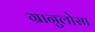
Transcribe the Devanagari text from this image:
ग्रानुलोसा